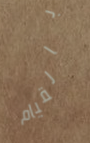
بالقيام